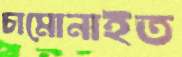
চামোনাইত